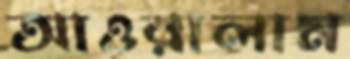
আওরালাম